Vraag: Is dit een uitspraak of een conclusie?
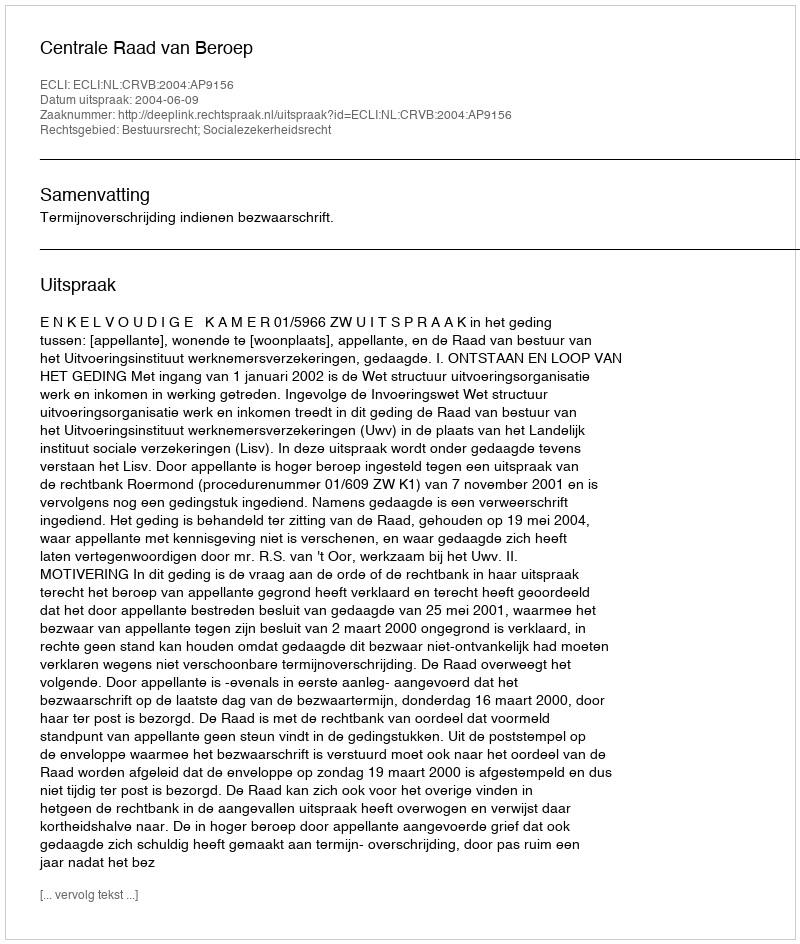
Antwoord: Uitspraak